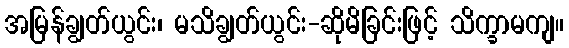
အမြန်ချွတ်ယွင်း၊ မသိချွတ်ယွင်း-ဆိုမိခြင်းဖြင့် သိက္ခာမကျ။